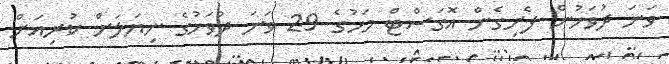
ވަނަ ދުވަހުން ފެށިގެން އޮގަސްޓް މަހުގެ 29 ވަނަ ދުވަހުގެ ނިޔަލަށް ކުރިއަށް